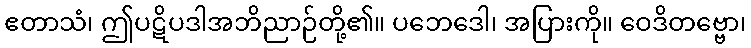
ဧတာသံ၊ ဤပဋိပဒါအဘိညာဉ်တို့၏။ ပဘေဒေါ၊ အပြားကို။ ဝေဒိတဗ္ဗော၊